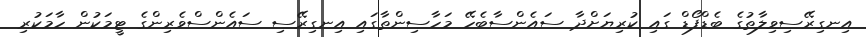
އިނގިރޭސިވިލާތުގެ ބެޑްފޯޑް ގައި ކުރިޔަށްދާ ސައެންސާބެހޭ މަހާސިންތާގައި އިނގިރޭސި ސައެންސްވެރިންގެ ޓީމަކުން ހާމަކުރި